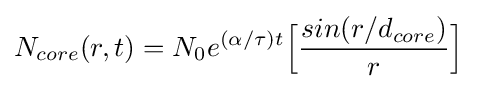
N_{core}(r,t)=N_{0}e^{(\alpha /\tau )t}{\Bigl [}{\frac {sin(r/d_{core})}{r}}{\Bigr ]}